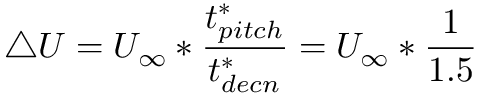
\triangle U = U _ { \infty } * \frac { t _ { p i t c h } ^ { * } } { t _ { d e c n } ^ { * } } = U _ { \infty } * \frac { 1 } { 1 . 5 }